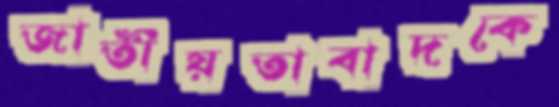
জাতীয়তাবাদকে